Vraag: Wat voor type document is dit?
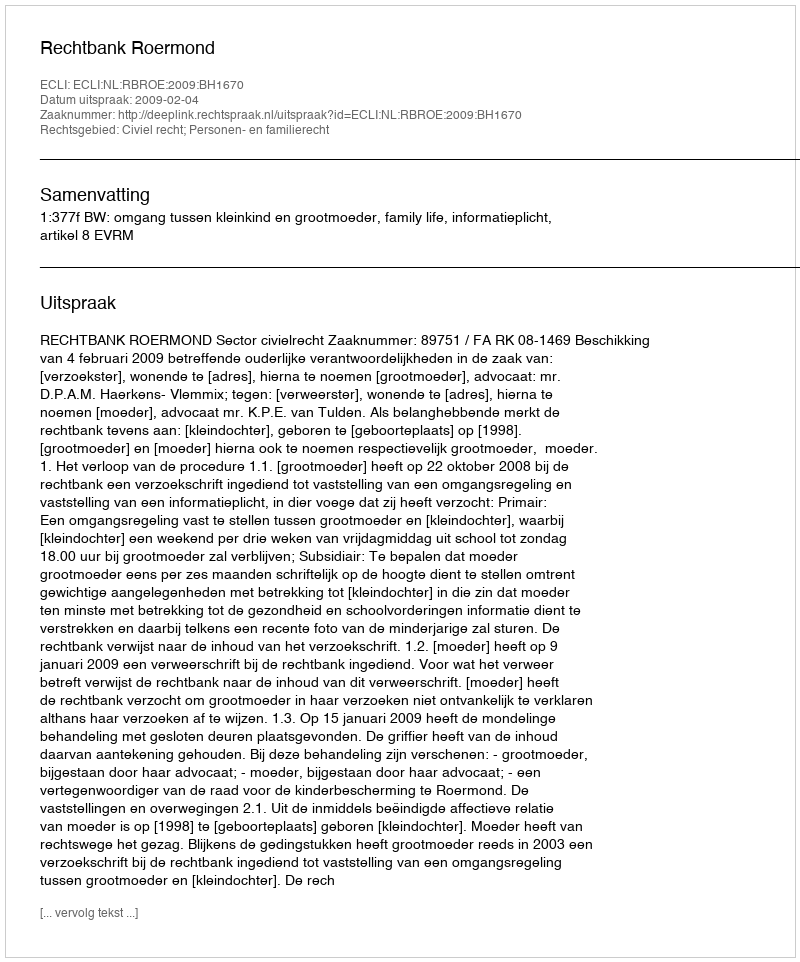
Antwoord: Uitspraak